Vaccination in Bombay 1863-1868 - 1863-1868
Year: 1863
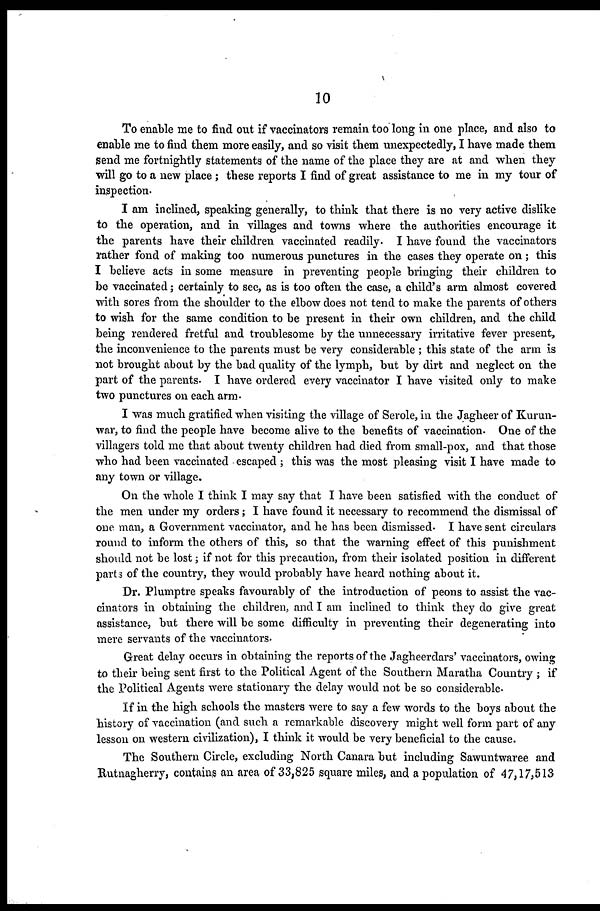
10
To enable me to find out if vaccinators remain too long in one place, and also to
enable me to find them more easily, and so visit them unexpectedly, I have made them
send me fortnightly statements of the name of the place they are at and when they
will go to a new place ; these reports I find of great assistance to me in my tour of
inspection.
I am inclined, speaking generally, to think that there is no very active dislike
to the operation, and in villages and towns where the authorities encourage it
the parents have their children vaccinated readily. I have found the vaccinators
rather fond of making too numerous punctures in the cases they operate on ; this
I believe acts in some measure in preventing people bringing their children to
be vaccinated; certainly to see, as is too often the case, a child's arm almost covered
with sores from the shoulder to the elbow does not tend to make the parents of others
to wish for the same condition to be present in their own children, and the child
being rendered fretful and troublesome by the unnecessary irritative fever present,
the inconvenience to the parents must be very considerable ; this state of the arm is
not brought about by the bad quality of the lymph, but by dirt and neglect on the
part of the parents. I have ordered every vaccinator I have visited only to make
two punctures on each arm.
I was much gratified when visiting the village of Serole, in the Jagheer of Kurun-
war, to find the people have become alive to the benefits of vaccination. One of the
villagers told me that about twenty children had died from small-pox, and that those
who had been vaccinated escaped ; this was the most pleasing visit I have made to
any town or village.
On the whole I think I may say that I have been satisfied with the conduct of
the men under my orders; I have found it necessary to recommend the dismissal of
one. man, a Government vaccinator, and he has been dismissed. I have sent circulars
round to inform the others of this, so that the warning effect of this punishment
should not be lost; if not for this precaution, from their isolated position in different
parts of the country, they would probably have heard nothing about it.
Dr. Plumptre speaks favourably of the introduction of peons to assist the vac-
cinators in obtaining the children, and I am inclined to think they do give great
assistance, but there will be some difficulty in preventing their degenerating into
mere servants of the vaccinators.
Great delay occurs in obtaining the reports of the Jagheerdars' vaccinators, owing
to their being sent first to the Political Agent of the Southern Maratha Country ; if
the Political Agents were stationary the delay would not be so considerable.
If in the high schools the masters were to say a few words to the boys about the
history of vaccination (and such a remarkable discovery might well form part of any
lesson on western civilization), I think it would be very beneficial to the cause.
The Southern Circle, excluding North Canara but including Sawuntwaree and
Rutnagherry, contains an area of 33,825 square miles, and a population of 47,17,513